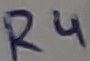
Text: R4